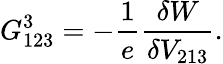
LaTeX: G_{123}^{3}=-\frac{1}{e}\frac{\delta W}{\delta V_{213}}.